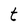
Character: t